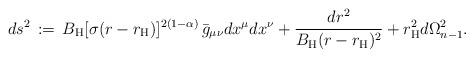
LaTeX: \begin{align*}ds^2\, :=\, B_{\rm H}[\sigma(r-r_{\rm H})]^{2(1-\alpha)}\, \bar{g}_{\mu\nu}dx^\mu dx^\nu+ \frac{dr^2}{B_{\rm H}(r-r_{\rm H})^2}+r_{\rm H}^2 d\Omega_{n-1}^2.\end{align*}